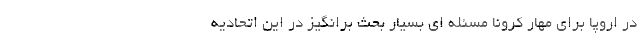
در اروپا برای مهار کرونا مسئله ای بسیار بحث برانگیز در این اتحادیه